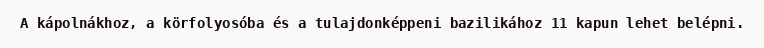
A kápolnákhoz, a körfolyosóba és a tulajdonképpeni bazilikához 11 kapun lehet belépni.